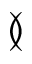
\between